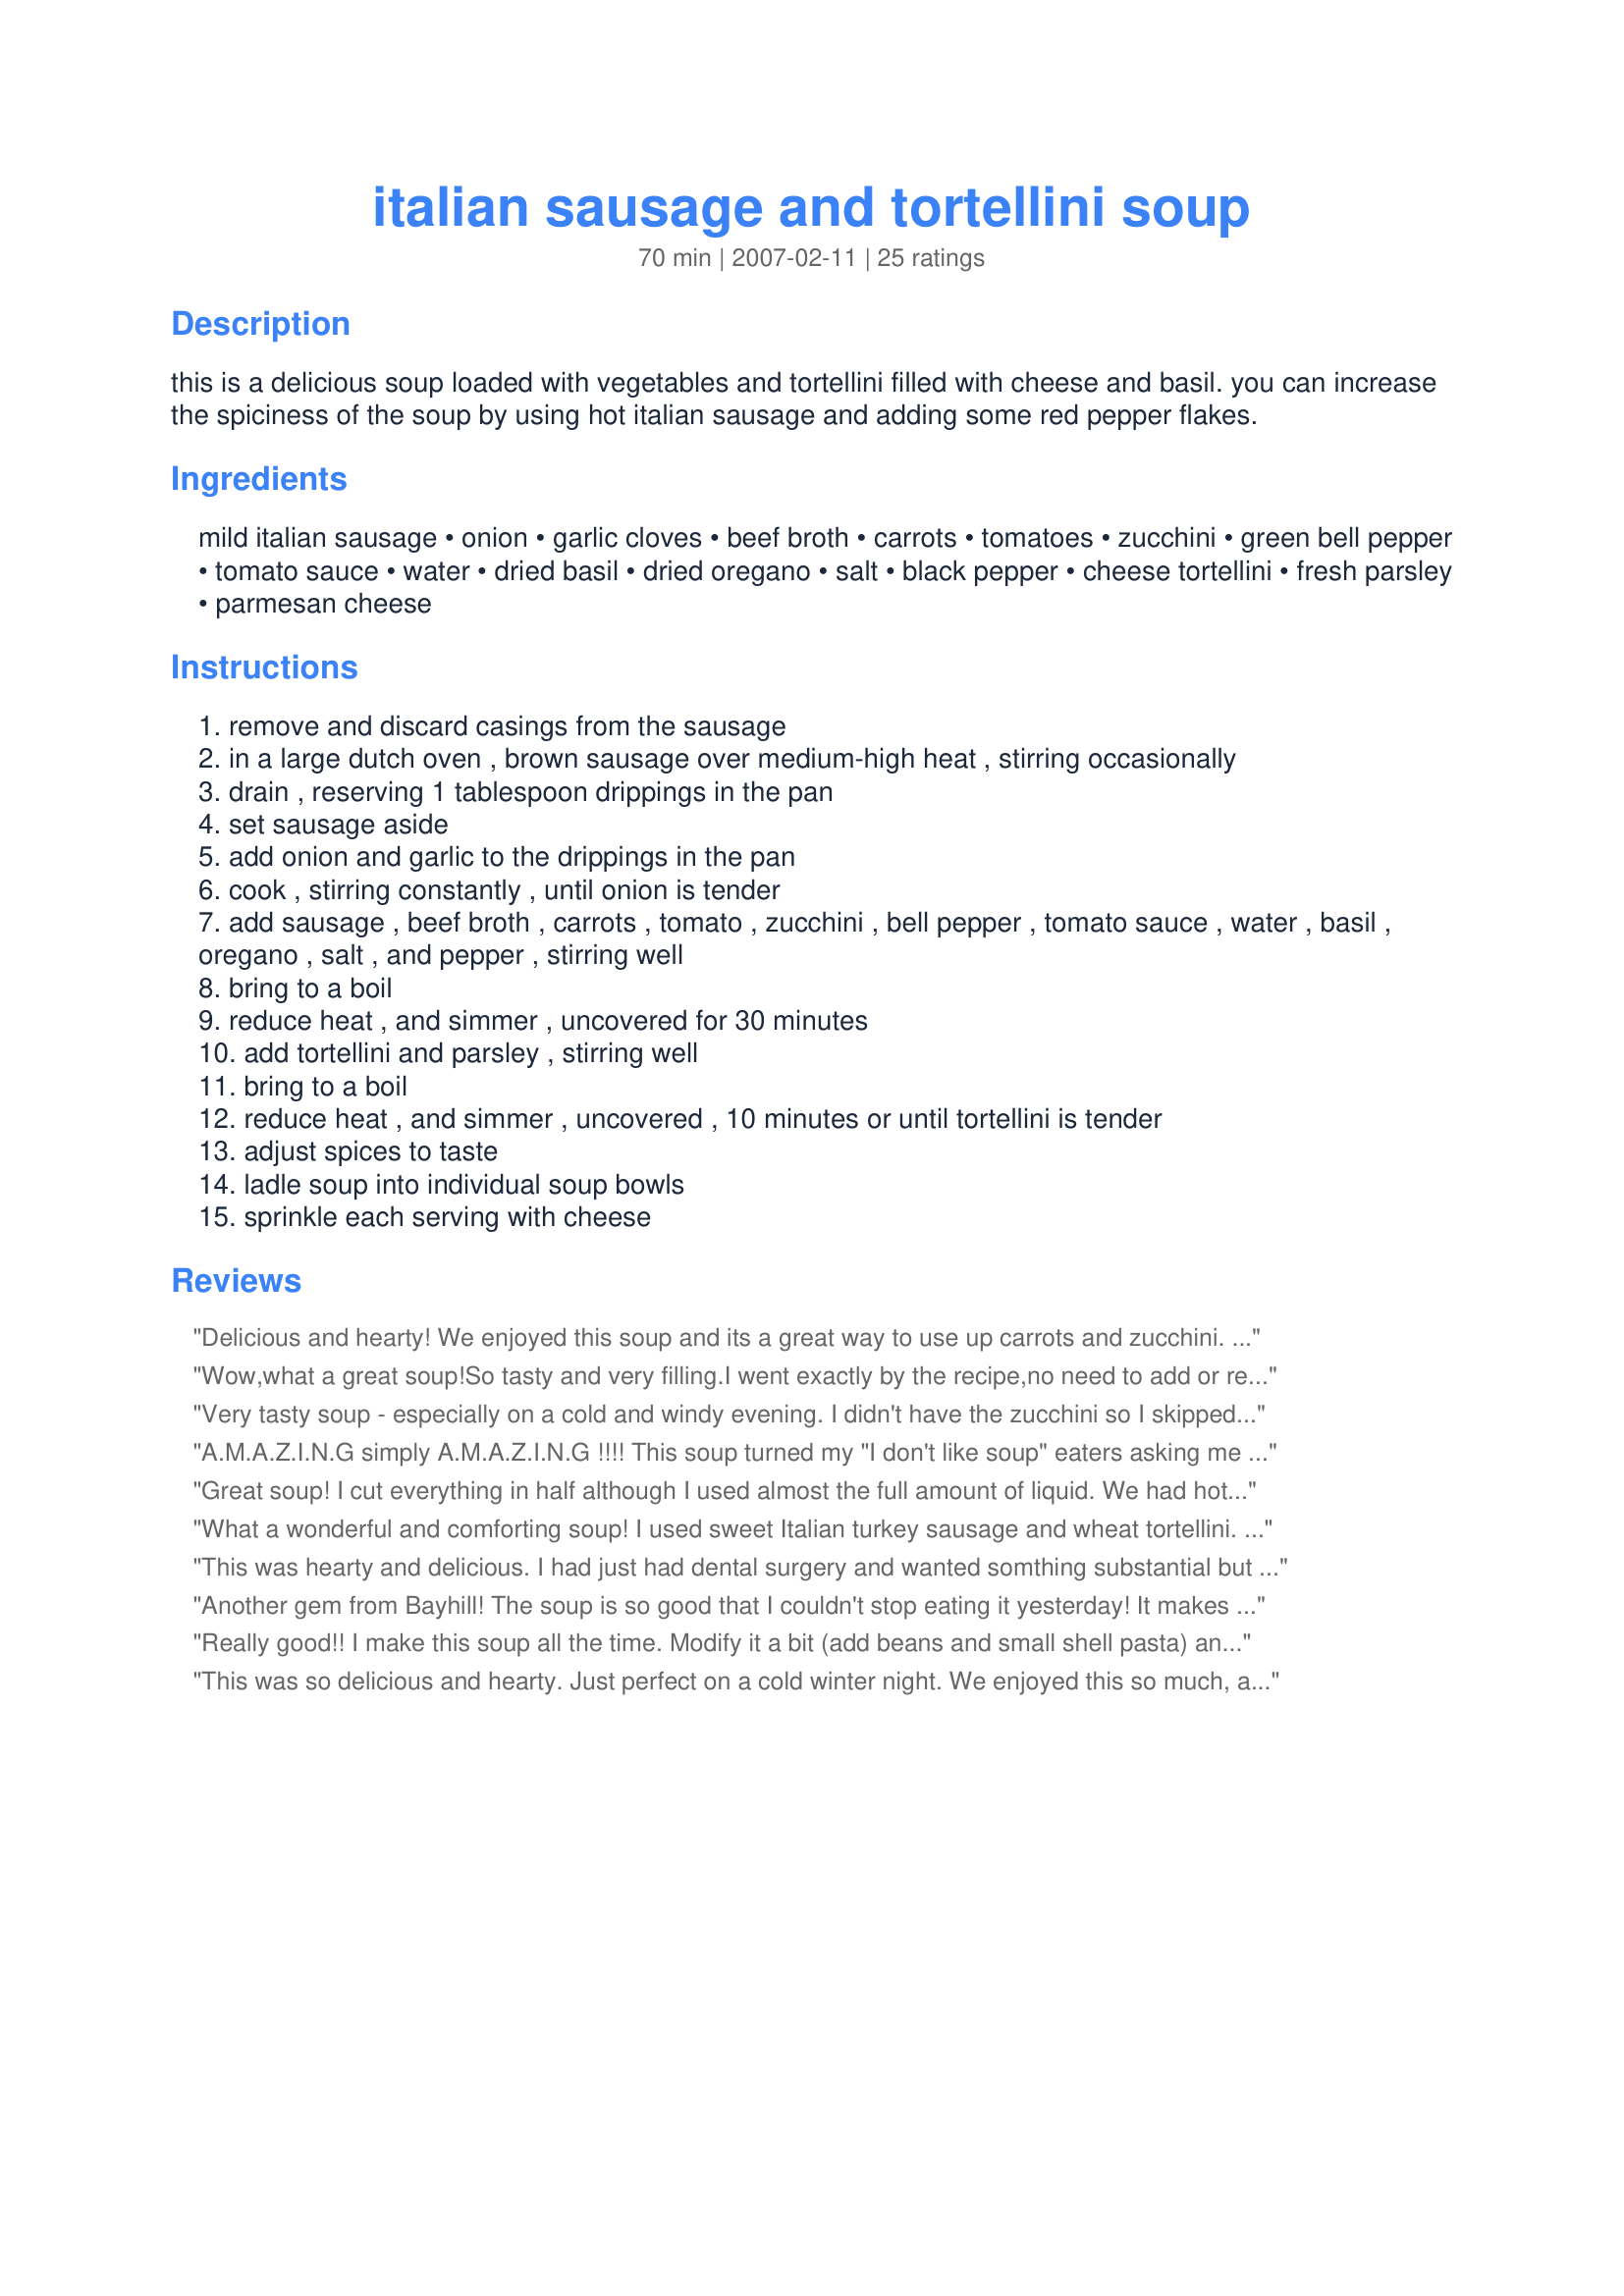
italian sausage and tortellini soup
Preparation time: 70 minutes

this is a delicious soup loaded with vegetables and tortellini filled with cheese and basil. you can increase the spiciness of the soup by using hot italian sausage and adding some red pepper flakes.

Ingredients:
mild italian sausage, onion, garlic cloves, beef broth, carrots, tomatoes, zucchini, green bell pepper, tomato sauce, water, dried basil, dried oregano, salt, black pepper, cheese tortellini, fresh parsley, parmesan cheese

Steps:
remove and discard casings from the sausage
in a large dutch oven , brown sausage over medium-high heat , stirring occasionally
drain , reserving 1 tablespoon drippings in the pan
set sausage aside
add onion and garlic to the drippings in the pan
cook , stirring constantly , until onion is tender
add sausage , beef broth , carrots , tomato , zucchini , bell pepper , tomato sauce , water , basil , oregano , salt , and pepper , stirring well
bring to a boil
reduce heat , and simmer , uncovered for 30 minutes
add tortellini and parsley , stirring well
bring to a boil
reduce heat , and simmer , uncovered , 10 minutes or until tortellini is tender
adjust spices to taste
ladle soup into individual soup bowls
sprinkle each serving with cheese

Reviews:
Delicious and hearty! We enjoyed this soup and its a great way to use up carrots and zucchini. The only change I made was to use hot Italian sausage. Loved the addition of the tortellini. Made for the Football Pool tag game.
Wow,what a great soup!So tasty and very filling.I went exactly by the recipe,no need to add or remove anything,except next time I make it I would not add any salt.There is enough saltiness in the sausages and beef stock.This will be a great soup for the winter,after I come in from shoveling...oh,dreading that!
Very tasty soup - especially on a cold and windy evening. I didn't have the zucchini so I skipped it. I used organic 3-cheese mini-ravioli which was just right. Quick and easy to make anytime. Thanks for posting Bayhill :) Made for your FOOTBALL POOL Week #13 win, December 2010!
A.M.A.Z.I.N.G simply A.M.A.Z.I.N.G !!!! This soup turned my "I don't like soup" eaters asking me when was I going to make this soup again. Thank you for sharing this very simple, yet extremely tastey meal !!!
Great soup! I cut everything in half although I used almost the full amount of liquid. We had hot Italian turkey sausage in lieu of actual Italian sausage. It did the job! Made for your football win!
What a wonderful and comforting soup! I used sweet Italian turkey sausage and wheat tortellini. Loved the rich flavorful broth and all those veggies. Hearty and delicious - thanks for sharing the recipe!
This was hearty and delicious. I had just had dental surgery and wanted somthing substantial but soft enough to chew. This satisifed me and my family. I also exchanged italian sausages for smokies as that's what I had on hand. Next time I'll try the Italian's!!!!!
Another gem from Bayhill! The soup is so good that I couldn't stop eating it yesterday! It makes a nice size batch which is good for me to use for lunches. This was the first time I added sausage to tortellini soup and I don't think I'll be able to make it again without the sausage! Congrats for your first week win and this recipe is a keeper!
Really good!! I make this soup all the time. Modify it a bit (add beans and small shell pasta) and it makes a great minestrone
This was so delicious and hearty. Just perfect on a cold winter night. We enjoyed this so much, and will be making it often.Thanks so much!!
Great tasting and filling soup! Instead of fresh tomatoes I used a can of diced and also added an extra cup of broth. The tortellinis I found were four cheese and they were perfect with the sausage. Loved it topped with the parmesan cheese. Congrats on winning the football pool Bayhill!
This was fantastic! I used spicy Italian sausage and it turned out great. I will be making this often. Thank you.
Loved this soup! I couldnt find the basil and cheese so I used regular cheese tortelliini and roma tomatoes. Added a pinch of red pepper flakes and enjoyed! (Made and reviewed for Pick A Chef 2007)
This was a delicious soup! I used turkey Italian sausage to cut down on the fat, and only used about 3/4 lb. of that. Because I used the turkey sausage, I subbed chicken broth for the beef, I left out the green peppers and used a 14-oz. can of fire-roasted tomatoes with garlic instead of the two tomatoes. I left everything else the same and my husband and daughter both had seconds (unusual for the daughter). I'll definitely be making this again, it was easy, it filled my kitchen with wonderful aromas and it was comfort food on a chilly day. Thanks for posting this recipe Bayhill!
Bayhill has done it again! This is a great soup. I left out the zucchini - didn't happen to have it on hand. Yum! I will do this again!
What a treat this was on a bone-
chilling January day! I took one major liberty with your wonderful recipe, Bayhill. Since none of us really like Italian sausage (it's the fennel, I think) and I was out of the regular bulk type, I sliced some smoked sausage links and browned them really well. Turned out great! A couple of notes in case anyone else does that. I added about 1 tsp. olive oil to the pot to brown them. Then since there was virtually no grease left, I added a T. of oil to saute the onion. Deglazing after adding some broth added a lot of flavor, and the red pepper flakes gave it a great kick. I used a 28-oz. can of petite diced tomatoes, and it seemed like the perfect amount to us. I also chopped up 3 or 4 large leaves of basil and would highly recommend using fresh if you can! This recipe is well worth the little bit of extra effort. Thanks for sharing a real keeper!
This is a delicious and flavorful soup. I made it with hot sausage and added some red pepper flakes and it was just spicy enough for us. I added 2 cans of diced tomatoes instead of the fresh tomatoes and it worked out great. I didn't have any zucchini so I used up some sliced mushrooms I had on hand. Delicious! Congrats on another football win!
Both DH and I gave this 10-stars!! This is wonderful! I used Jimmy Dean hot sausage, 5-cheese tortellini, added a little extra basil, and added a little bit of red pepper flakes. We loved the combination of herbs and the fresh veggies. Thanks Bayhill for an awesome and easy soup recipe. Congrats on yet another win in football!
Pretty good. I made this last night and made some minor modifications. I'm training for a marathon so i wanted it to be healthier because i'm in marathon training so i made it with turkey italian sausage, add red pepper flakes to the sausage, and added a couple of bay leaves other than that it. The only minor thing i would change is add a little more water. The pasta soaked up a lot of water and it was just a tad dry otherwise a very satisfying soup.
To start, sorry it took me so long to get another recipe done and reviewed!!! Congrats on that football pool win. I decided on this instead of something desserty as I am trying to behave.
The aroma this makes in the house is unbelievable!!! The taste... MMMMM!! Next time and yes there will be many next times, I'll be adding a loaf of warm, hot out of the oven french bread, is the ONLY thing it needs extra.
Thanks for sharing.
This was excellent, I added 3/4 c. Wine and didn&#039;t have peppers. I made this twice and the second time without the pasta, which I actually preferred. This will be a repeat for sure. I especially love adding a handful of chopped fresh baby spinach at the end for more color. Thanks for sharing.
The broth in this is amazing. I added a red pepper and cooked it in the crockpot. I was gonna take the suggestion of another review and just put regular small pasta shells in it. I wish I had! My daughter and I didn't enjoy the tortellini in it. Everything else was good.
A lovely soup to enjoy just as the weather is turning cooler. I made this exactly as posted, using one fresh plum tomato and a 14.5 oz. can of fire-roasted tomatoes. I used tri-colored cheese tortellini. Even thought there is a lot of liquid added to this soup, it is very hearty and thick. We will definitely be enjoying this soup again! Made for Culinary Quest 2014.
Outstanding soup! We followed the recipe EXACTLY and it turned out awesome. Tonight we will make it for the second time in a week. Thanks Bayhill

Cat & Dave
Another fabulous recipe from Paula Deen Magazine (Quick and Easy Meals Special Collector's Issue 2008) To cut the fat a little I substituted smoked turkey kielbasa for the italian sausage. Did everything else as directed and it was wonderful!
